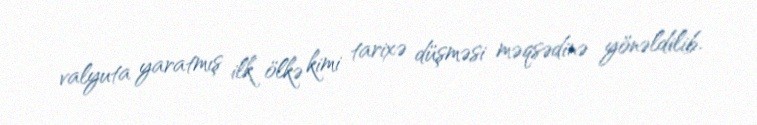
valyuta yaratmış ilk ölkə kimi tarixə düşməsi məqsədinə yönəldilib.